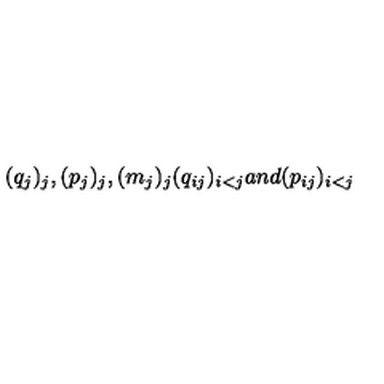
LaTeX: ( q _ { j } ) _ { j } , ( p _ { j } ) _ { j } , ( m _ { j } ) _ { j } ( q _ { i j } ) _ { i < j } a n d ( p _ { i j } ) _ { i < j }